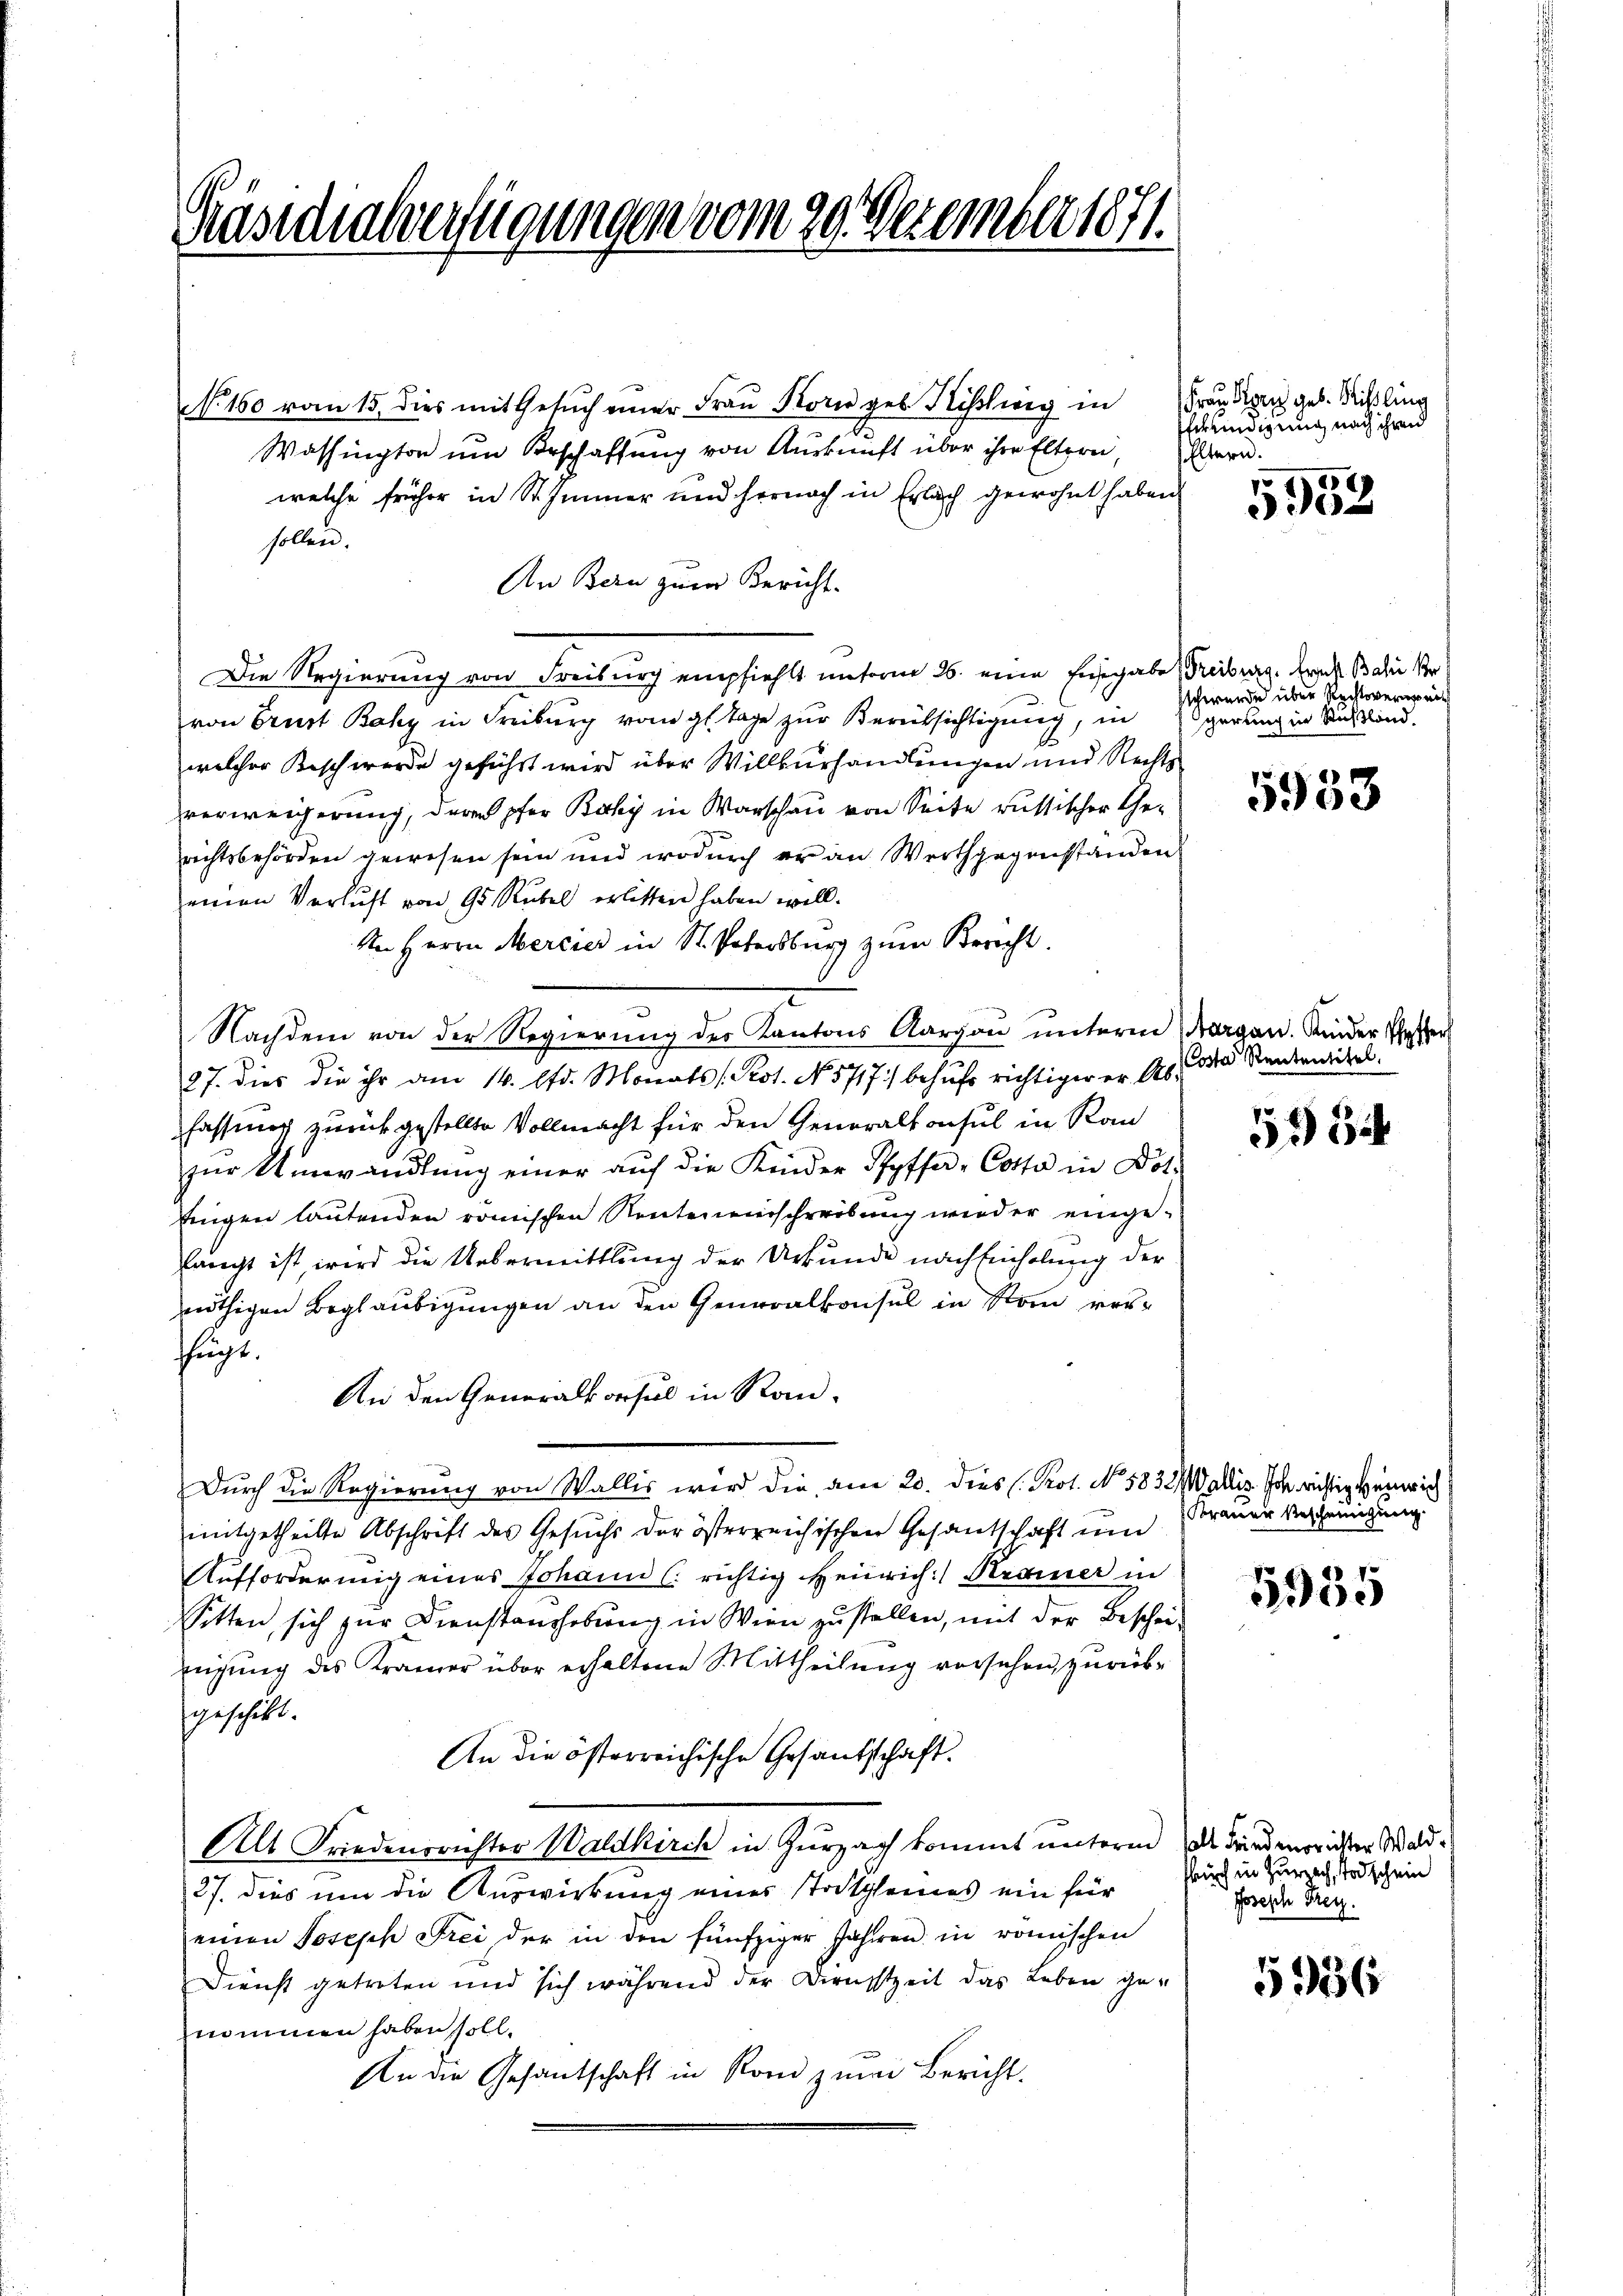
Präsidialverfügungen vom 20. Dezember 1871.

No. 150 vom 15. dies mit Gesuch einer Frau Korn geb. Kisslwig in
Washington um Beschaffung von Auskunft über ihre Eltern,
welche früher in Stimmer und hernach in Erlach gewohnt haben
sollen.
An Bern zum Bericht.
Die Regierung von Freiburg empfiehlt unterm 26. eine Eisgabe Freiburg. Ernte Bahn Pr
von Brust Baky in Freiburg vom gl. Tage zur Berücksichtigung, in
welcher Beschwerde geführt wird über Willkürhandlungen und Rechts
verweigerung, deren pfer Backy in Warschau von Seite russischer Gerichtsbehörden gewesen sein und wodurch er an Werthgegenstanden
einen Verlust von 95 Rubel erlisten haben will.
An Herrn Mercier in St. Petersburg zum Bericht.
Nachdem von der Regierung des Kantons Aargau unterm
87. Dies die ihr am 14. d. Monats Prot. No. 5717) behufs richtiger er Abfassines zurückgestellte Vollmacht für den Generalkonsul in Ran
zur Umwandlung einer auf die Kinder Pfyffer, Cotto in Döt
Eigen lautenden römischen Renteneinschreibung wieder eingelangt ist, wird die Uebermittlung der Urkunde nachsichelung der
nöthigen Beglaubigungen an den Generalkonsul in Rom verfügt.
An den Generalkonsul in Rau¬
Durch die Regierung von Wallis wird die am 20. dies (Prot. No. 5832/ Wallis. Joh. richtig Heinrich
mitgetheilte Abschrift des Gesuchs der österreichischen Gesantschaft und
Aufforderung eines Johann ( richtig Heinrich Krainer in
Sitten, sich zur Dienstaushebung in Wien zu stellen, mit der Beschei
nigung des Kramer über erhaltene Mittheilung vorsehen, zurükgeschikt.
An die österreichische Gesandschaft.
Alt Friedensrichter Waldkirch in Zurzach kommt unterm das Friedenorister Wald¬
27. dies um die Auswirkung eines totpleines ein für
einen Joseph Frei der in den fünfziger Jahren in römischen
Dienst getreten und sich während der Direchtzeit das Leben genommen haben soll.
An die Gesandschaft in Rom zum Bericht.

Frau Stern geb. Rilling
ferindigung nach ihren
Eltern.

5952

schwerde über Rechtsversprich
gerung in Richtland.

5953

Margau. Kinder Pfyffer
Costa Rententitel.

53544

Frauer Bescheinigung

5935

such in Zurzach, Todschein
Joseph Frey.

5956